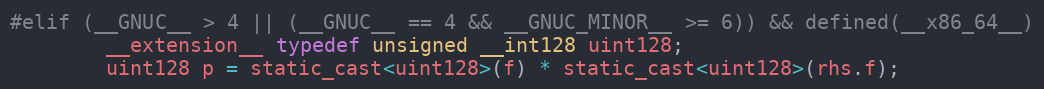
Language: C
#elif (__GNUC__ > 4 || (__GNUC__ == 4 && __GNUC_MINOR__ >= 6)) && defined(__x86_64__)
        __extension__ typedef unsigned __int128 uint128;
        uint128 p = static_cast<uint128>(f) * static_cast<uint128>(rhs.f);